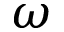
\omega